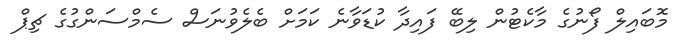
މޮބައިލް ފޯނުގެ މާކެޓުން ލިބޭ ފައިދާ ކުޑަވާނެ ކަމަށް ބެލެވުނަސް ސެމްސަންގުގެ ޗިޕް